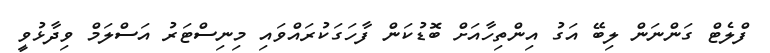
ފްލެޓް ގަންނަން ލިބޭ އަގު އިންތިހާއަށް ބޮޑުކަން ފާހަގަކުރައްވައި މިނިސްޓަރު އަސްލަމް ވިދާޅުވީ